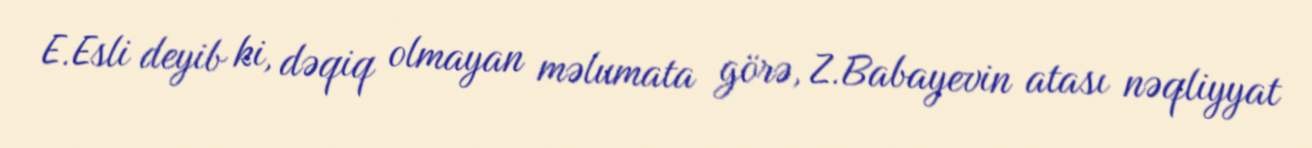
E.Esli deyib ki, dəqiq olmayan məlumata görə, Z.Babayevin atası nəqliyyat